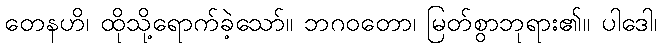
တေနဟိ၊ ထိုသို့ရောက်ခဲ့သော်။ ဘဂဝတော၊ မြတ်စွာဘုရား၏။ ပါဒေါ၊